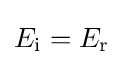
E_{\textrm {i}}=E_{\textrm {r}}